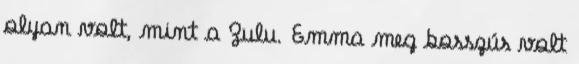
olyan volt, mint a Zulu. Emma meg bosszús volt